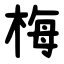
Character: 梅